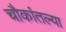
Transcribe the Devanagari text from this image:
चौकांतल्या